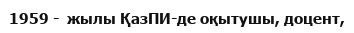
1959 -  жылы ҚазПИ-де оқытушы, доцент,